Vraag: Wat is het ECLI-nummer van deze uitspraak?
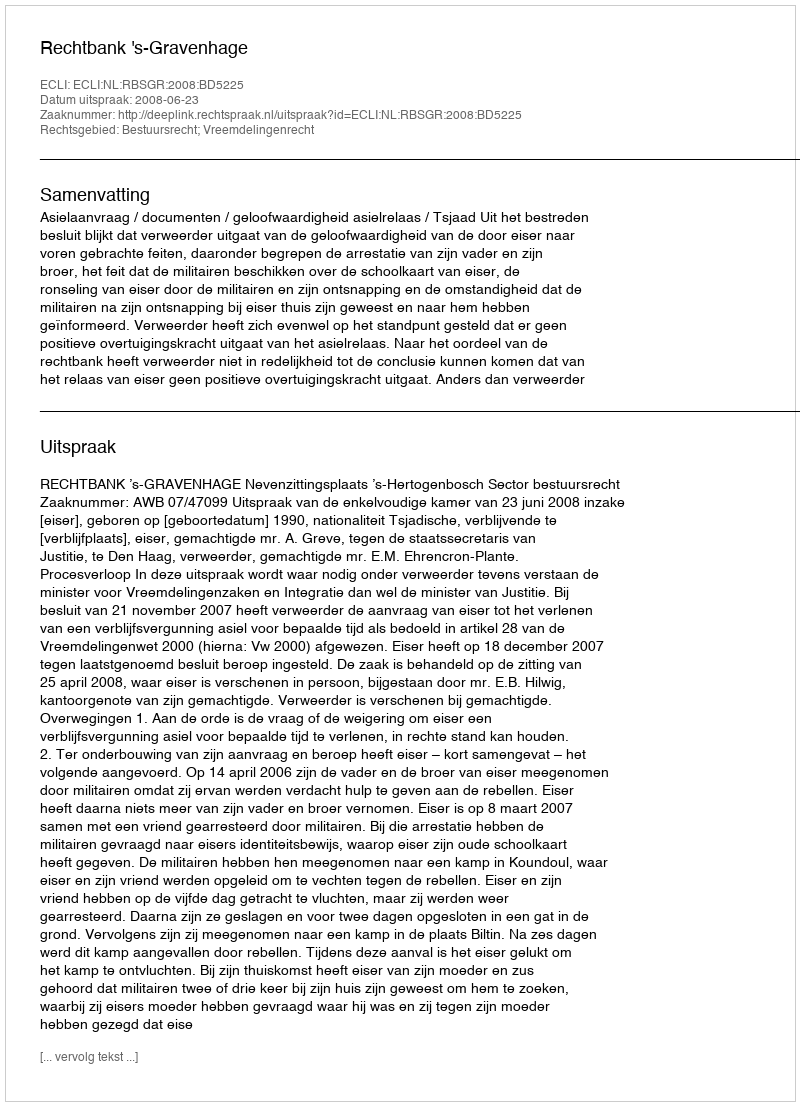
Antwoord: ECLI:NL:RBSGR:2008:BD5225